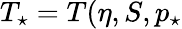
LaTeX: T_{\star}=T(\eta,S,p_{\star}